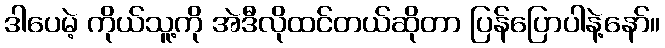
ဒါပေမဲ့ ကိုယ်သူ့ကို အဲဒီလိုထင်တယ်ဆိုတာ ပြန်ပြောပါနဲ့နော်။